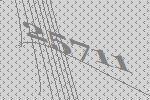
25711